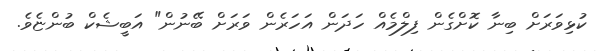
ކުޅިވަރަށް ބިނާ ކޮށްގެން ފިލްމެއް ހަދަން އަހަރެން ވަރަށް ބޭނުން" އަބީޝެކް ބުންޏެވެ.